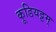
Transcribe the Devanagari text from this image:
कूडियट्टम्